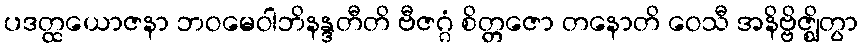
ပဒတ္ထယောဇနာ ဘဝမေဝါဘိနန္ဒတီတိ ဗီဇဂ္ဂံ စိတ္တဇော တနောတိ ဝေသီ အနိဗ္ဗိဇ္ဈိတွာ